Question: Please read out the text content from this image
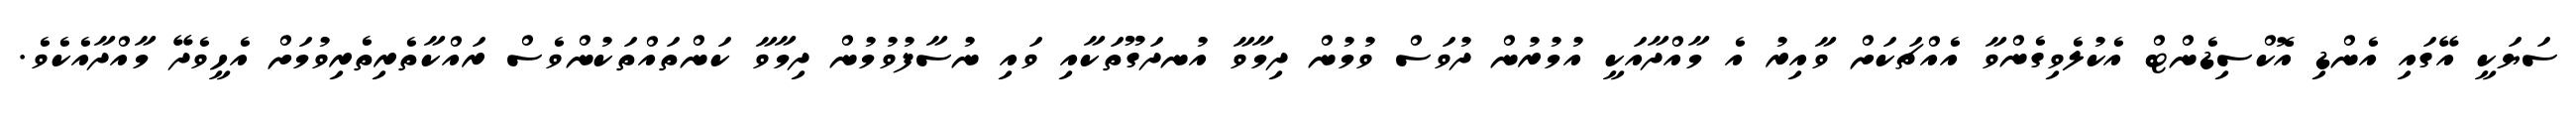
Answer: ސަޔަކީ އޭގައި އެންޑި އޮކްސިޑެންޓް އެކުލެވިގެންވާ އެއްޗަކަށް ވާއިރު އެ މާއްދާއަކީ އުމުރުން ދުވަސް ވުމުން ދިމާވާ އުނދަގޫތަކާއި ވައި ނުސާފުވުމުން ދިމާވާ ކަންތައްތަކުންވެސް ރައްކާތެރިތެރިވުމަށް އެހީވެދޭ މާއްދާއެކެވެ.